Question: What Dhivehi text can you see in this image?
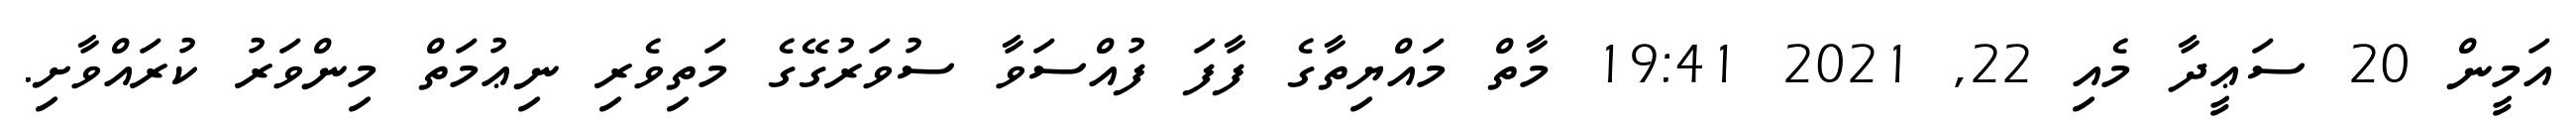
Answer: އަމީން 20 ސަޢީދާ މެއި 22, 2021 19:41 މާތް މައްޔިތާގެ ފާފަ ފުއްސަވާ ސުވަރުގޭގެ މަތިވެރި ނިޢުމަތް މިންވަރު ކުރައްވާށި.